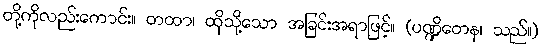
တို့ကိုလည်းကောင်း။ တထာ၊ ထိုသို့သော အခြင်းအရာဖြင့်။ (ပဏ္ဍိတေန၊ သည်။)